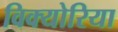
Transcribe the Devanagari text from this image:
विक्योरिया